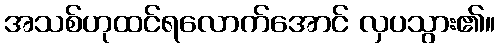
အသစ်ဟုထင်ရလောက်အောင် လှပသွား၏။